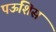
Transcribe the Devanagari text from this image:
पऊशिसं